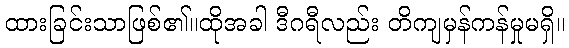
ထားခြင်းသာဖြစ်၏။ထိုအခါ ဒီဂရီလည်း တိကျမှန်ကန်မှုမရှိ။